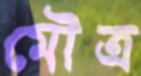
মৌত্র